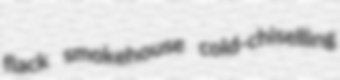
flack smokehouse cold-chiselling